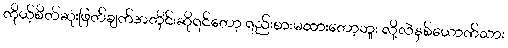
ကိုယ့်စိတ်ဆုံးဖြတ်ချက်အတိုင်းဆိုရင်တော့ ရည်းစားမထားတော့ဘူး လို့လဲနှစ်ယောက်သား